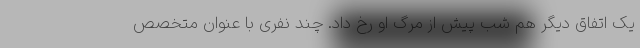
یک اتفاق دیگر هم شب پیش از مرگ او رخ داد. چند نفری با عنوان متخصص